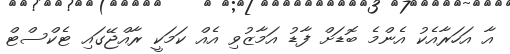
އާ އަހަރާއެކު އެންމެ ބޮޑަށް ފާޑު އަމާޒުވި އެއް ކަމަކީ ރާއްޖޭގައި ޓެކްސްޓް